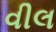
વીલ